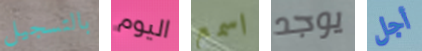
بالتسجيل اليوم اسمع يوجد أجل